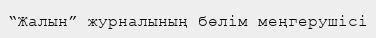
“Жалын” журналының бөлім меңгерушісі